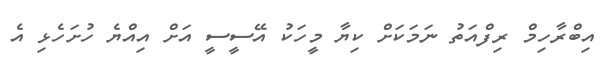
އިބްރާހިމް ރިފްއަތު ނަމަކަށް ކިޔާ މީހަކު އޭސީސީ އަށް އިއްޔެ ހުށަހެޅި އެ